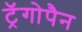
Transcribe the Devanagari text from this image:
ट्रॅगोपैन